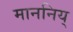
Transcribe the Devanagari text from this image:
माननिय्